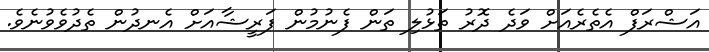
އަޝްރަފް އެތެރެއަށް ވަދެ ދޮރު ތަޅުލި ތަން ފެނުމުން ފަރީޝާއަށް އެނދުން ތެދުވެވުނެވެ.